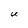
Character: U